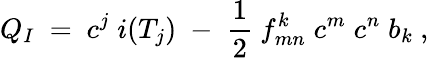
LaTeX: Q_{I}\ =\ c^{j}\; i(T_{j})\; -\; \frac 12\ f_{mn}^{k}\; c^{m}\; c^{n}\; b_{k}\ ,